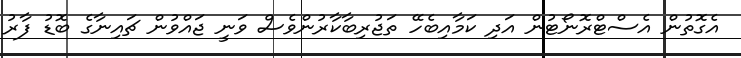
އެގޮތުން އެސްޓްރޮނޯޓުން އަދި ކަމާއިބެހޭ ތަޖުރިބާކާރުންވެސް ވަނީ ޖައްވުން ޗައިނާގެ ބޮޑު ފާރު